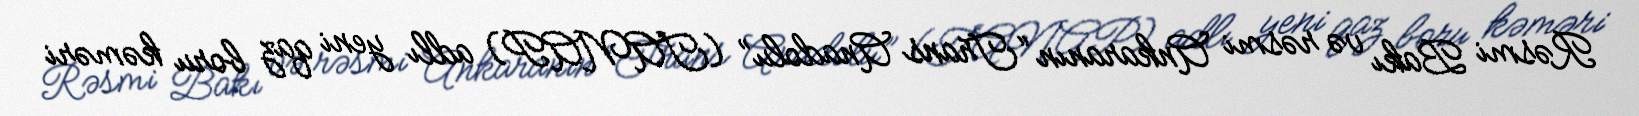
Rəsmi Bakı və rəsmi Ankaranın “Trans Anadolu” (TANAP) adlı yeni qaz boru kəməri